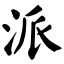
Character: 派